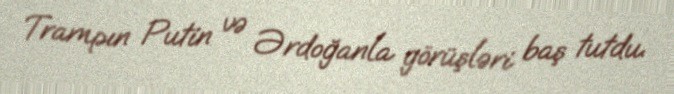
Trampın Putin və Ərdoğanla görüşləri baş tutdu.